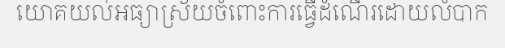
យោគយល់អធ្យាស្រ័យចំពោះការធ្វើដំណើរដោយលំបាក